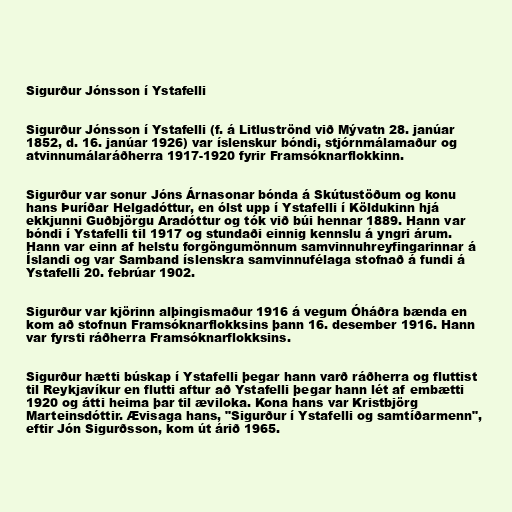
Sigurður Jónsson í Ystafelli

Sigurður Jónsson í Ystafelli (f. á Litluströnd við Mývatn 28. janúar
1852, d. 16. janúar 1926) var íslenskur bóndi, stjórnmálamaður og
atvinnumálaráðherra 1917-1920 fyrir Framsóknarflokkinn.

Sigurður var sonur Jóns Árnasonar bónda á Skútustöðum og konu
hans Þuríðar Helgadóttur, en ólst upp í Ystafelli í Köldukinn hjá
ekkjunni Guðbjörgu Aradóttur og tók við búi hennar 1889. Hann var
bóndi í Ystafelli til 1917 og stundaði einnig kennslu á yngri árum.
Hann var einn af helstu forgöngumönnum samvinnuhreyfingarinnar á
Íslandi og var Samband íslenskra samvinnufélaga stofnað á fundi á
Ystafelli 20. febrúar 1902.

Sigurður var kjörinn alþingismaður 1916 á vegum Óháðra bænda en
kom að stofnun Framsóknarflokksins þann 16. desember 1916. Hann
var fyrsti ráðherra Framsóknarflokksins.

Sigurður hætti búskap í Ystafelli þegar hann varð ráðherra og fluttist
til Reykjavíkur en flutti aftur að Ystafelli þegar hann lét af embætti
1920 og átti heima þar til æviloka. Kona hans var Kristbjörg
Marteinsdóttir. Ævisaga hans, "Sigurður í Ystafelli og samtíðarmenn",
eftir Jón Sigurðsson, kom út árið 1965.